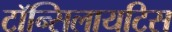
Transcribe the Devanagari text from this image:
टॉन्सिलायटिस